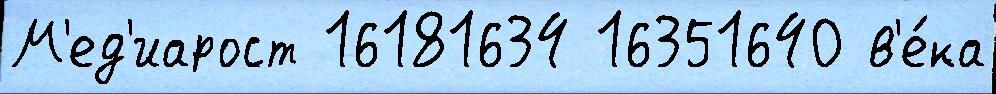
М'ед'иарост 16181634 16351640 в'е́ка